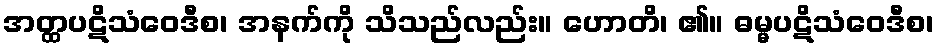
အတ္ထပဋိသံဝေဒီစ၊ အနက်ကို သိသည်လည်း။ ဟောတိ၊ ၏။ ဓမ္မပဋိသံဝေဒီစ၊